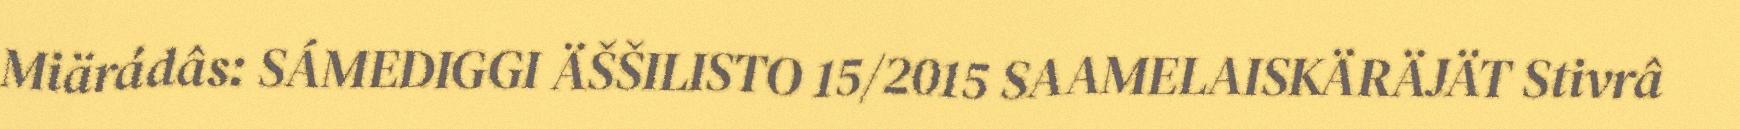
Miärádâs: SÁMEDIGGI ÄŠŠILISTO 15/2015 SAAMELAISKÄRÄJÄT Stivrâ